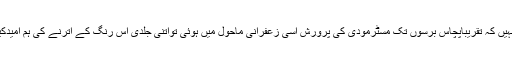
اوریہ کسے معلوم نہیں کہ تقریباََپچاس برسوں تک مسٹرمودی کی پرورش اسی زعفرانی ماحول میں ہوئی تواتنی جلدی اس رنگ کے اترنے کی ہم امیدکیسے کرسکتے ہیں۔